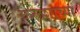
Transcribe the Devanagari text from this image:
कलशाच्या